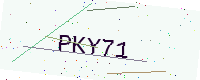
Text: PKY71